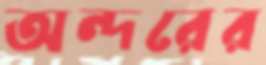
অন্দরের